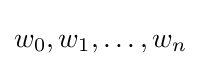
w_{0},w_{1},\dots ,w_{n}